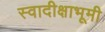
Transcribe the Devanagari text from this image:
स्वादीक्षाभूमी